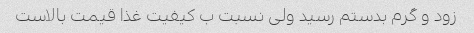
زود و گرم بدستم رسید ولی نسبت ب کیفیت غذا قیمت بالاست